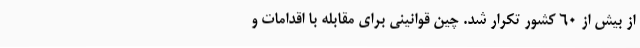
از بیش از 60 کشور تکرار شد. چین قوانینی برای مقابله با اقدامات و